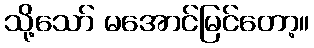
သို့သော် မအောင်မြင်တော့။